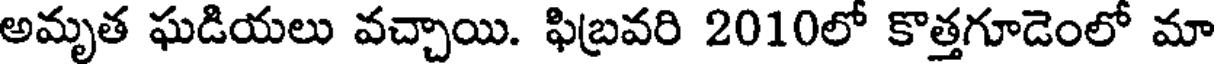
అమృత ఘడియలు వచ్చాయి. ఫిబ్రవరి 2010లో కొత్తగూడెంలో మా